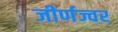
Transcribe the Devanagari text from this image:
जीर्णज्वर